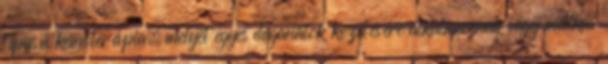
típusú kemoterápia, melyet egyes daganatok kezelésére alkalmaznak vagy mellkas